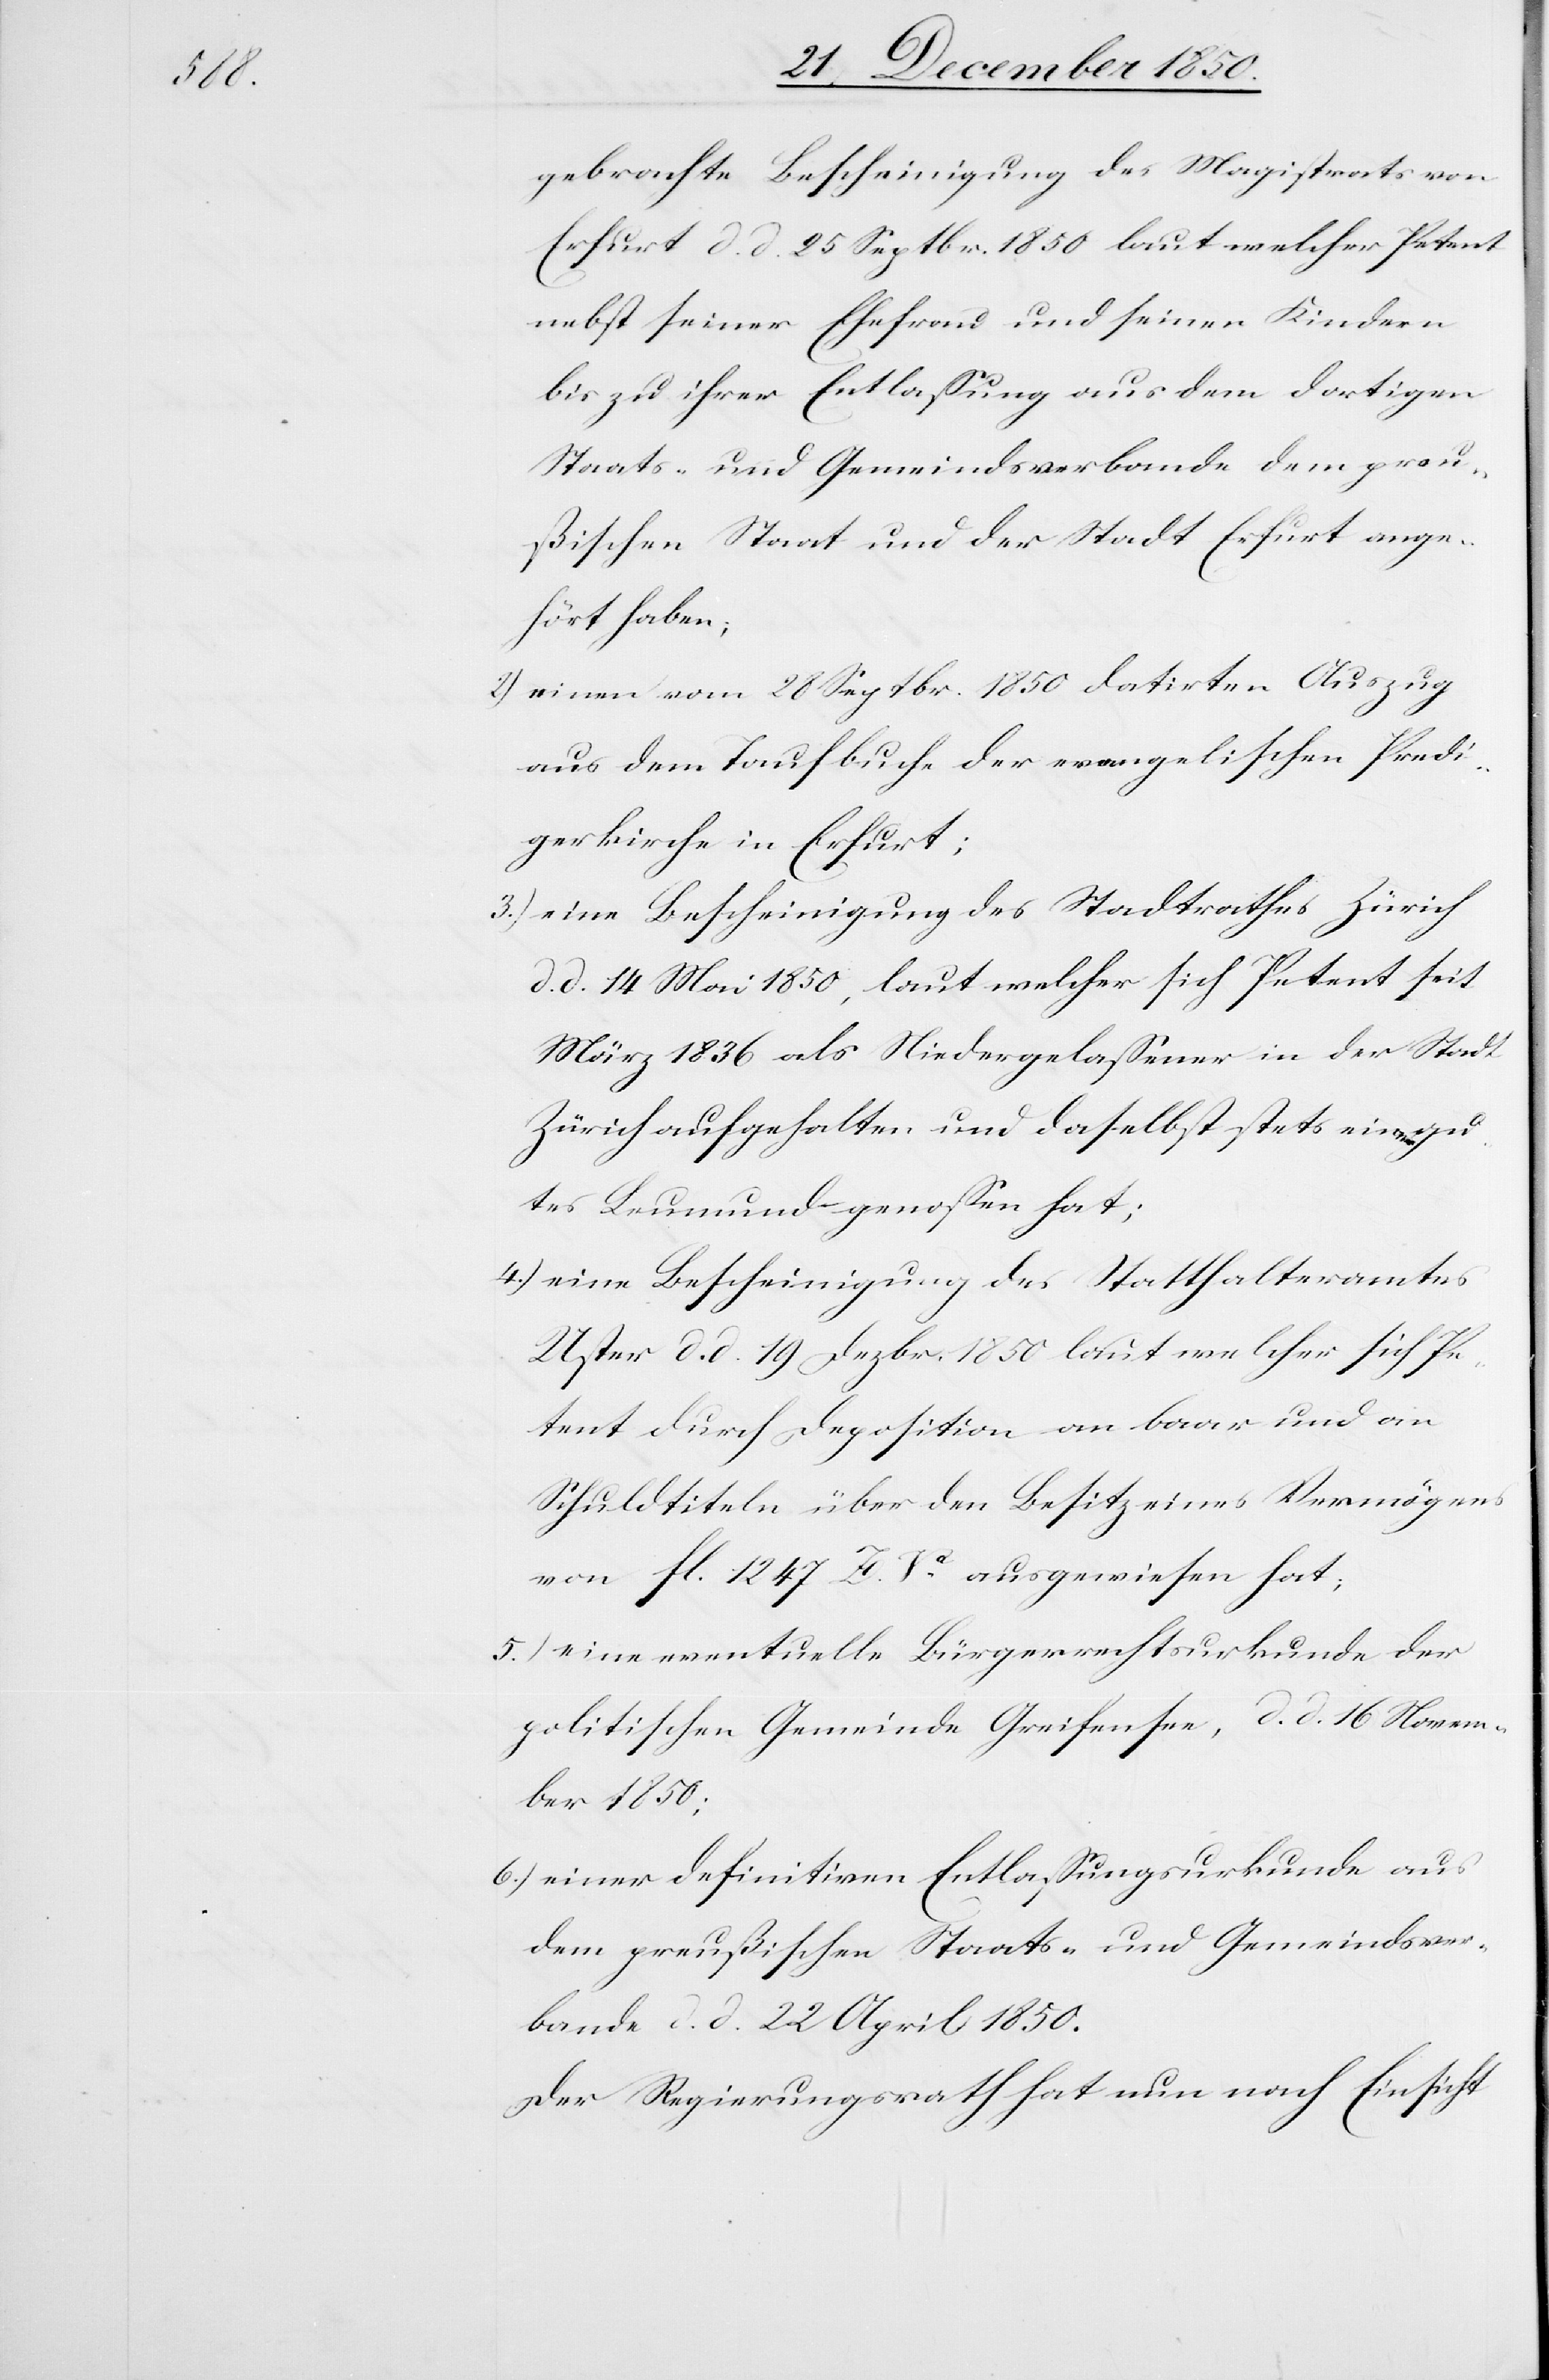
gebrachte Bescheinigung des Magistrats von
Erfurt d. d. 25 Septbr. 1850 laut welcher Petent
nebst seiner Ehefrau und seinen Kindern
bis zu ihrer Entlassung aus dem dortigen
Staats- und Gemeindsverbande dem preu¬
ßischen Staat und der Stadt Erfurt ange¬
hört haben;
2.) einen vom 28 Septbr. 1850 datirten Auszug
aus dem Taufbuche der evangelischen Predi¬
gerkirche in Erfurt;
3.) eine Bescheinigung des Stadtrathes Zürich
d. d. 14 Mai 1850, laut welcher sich Petent seit
März 1836 als Niedergelassener in der Stadt
Zürich aufgehalten und daselbst stets eine[?n]
guten] Leumund genossen hat;
4.) eine Bescheinigung des Statthalteramtes
Uster d. d. 19 Dezbr. 1850 laut welcher sich Pe¬
tent durch Deposition an baar und an
Schuldtiteln über den Besitz eines Vermögens
von fl. 1247 Z. Va ausgewiesen hat;
5.) eine eventuelle Bürgerrechtsurkunde der
politischen Gemeinde Greifensee, d. d. 16 Novem¬
ber 1850;
6.) einer definitiven Entlassungsurkunde aus
dem preußischen Staats- und Gemeindsver¬
bande d. d. 22 April 1850.
Der Regierungsrath hat nun nach Einsicht